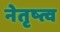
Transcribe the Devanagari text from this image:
नेतृष्त्व